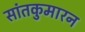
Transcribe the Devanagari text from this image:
सांतकुमारन